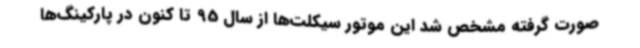
صورت گرفته مشخص شد این موتور سیکلت‌ها از سال 95 تا کنون در پارکینگ‌ها